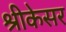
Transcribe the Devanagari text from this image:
श्रीकेसर